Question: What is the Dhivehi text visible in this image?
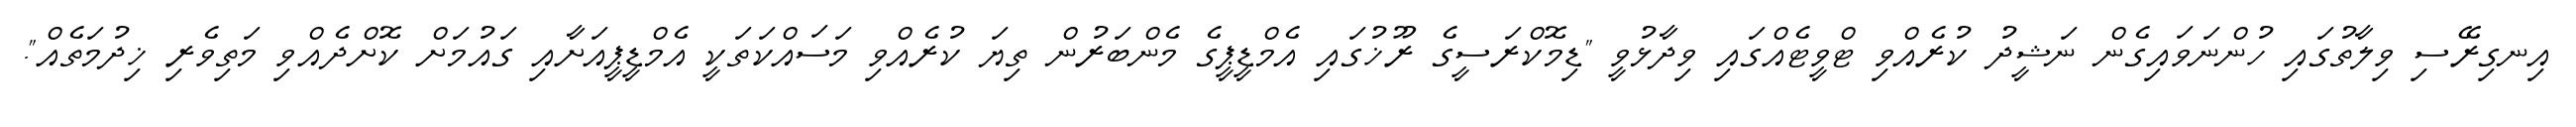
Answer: އިނގިރޭސި ވިލާތުގައި ހުންނަވައިގެން ނަޝީދު ކުރެއްވި ޓްވީޓެއްގައި ވިދާޅުވީ "ޑިމޮކްރަސީގެ ރޫޚުގައި އެމްޑީޕީގެ މެންބަރުން ތިޔަ ކުރެއްވި މަސައްކަތަކީ އެމްޑީޕީއަށާއި ގައުމަށް ކޮށްދެއްވި މަތިވެރި ޚިދުމަތެއް".